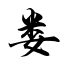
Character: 娄